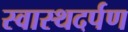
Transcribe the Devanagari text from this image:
स्वास्थदर्पण